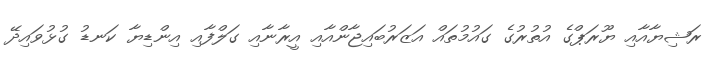
ރަޝިޔާއާއި ޔޫރަޕްގެ އުތުރުގެ ގައުމުތައް އަޒަރުބައިޖާންއާއި އީރާނާއި ގަލްފާއި އިންޑިޔާ ކަނޑު ގުޅުވައިދޭ